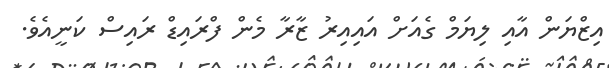
އިޒްޔަން އާއި ލިޔަމް ގެއަށް އައިއިރު ޒާރާ މެން ފްރައިޑް ރައިސް ކަނީއެވެ.